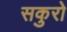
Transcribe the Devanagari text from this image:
सकुरो